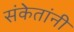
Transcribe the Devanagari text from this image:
संकेतांनी